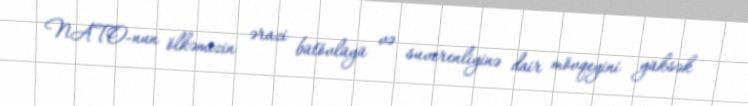
NATO-nun ölkəmizin ərazi bütövlüyü və suverenliyinə dair mövqeyini yüksək